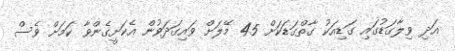
އަދި ވިލާގަޑުގައި ގަޑިއަކު ގާތްގަޑަކަށް 45 މޭލަށް ވައިގަދަވުން އެކަށީގެންވާ ކަމަށް ވެސް